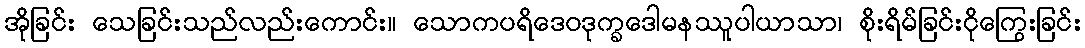
အိုခြင်း သေခြင်းသည်လည်းကောင်း။ သောကပရိဒေဝဒုက္ခဒေါမနဿူပါယာသာ၊ စိုးရိမ်ခြင်းငိုကြွေးခြင်း